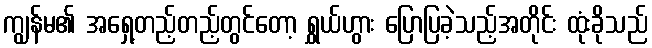
ကျွန်မ၏ အရှေ့တည့်တည့်တွင်တော့ ရွှယ်ဟွား ပြောပြခဲ့သည့်အတိုင်း ထုံးခိုသည်